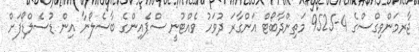
ޖާރމަންވިގްސްގެ 4-9525 މަތިންދާބޯޓްް އަންގާރަ ދުވަހު ވެއްޓުނީ ސްޕެއިންގެ ބާސެލޯނާ އިން ޑުސެލްޑޯފަށް